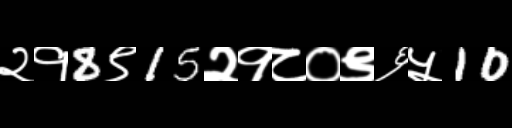
Text: २१8९15२१८०९६५10